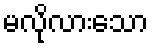
မလိုလားသော